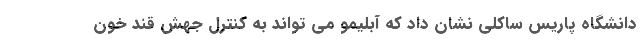
دانشگاه پاریس ساکلی نشان داد که آبلیمو می تواند به کنترل جهش قند خون